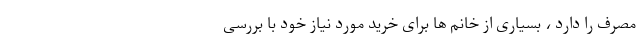
مصرف را دارد ، بسیاری از خانم ها برای خرید مورد نیاز خود با بررسی